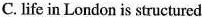
C. life in London is structured